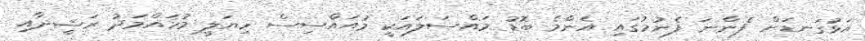
އަޅުގަނޑަށް ފެންނަ ފެނުމުގައި އެންމެ ބޮޑު މައްސަލައަކީ މުއައްސިސް ހިޔަލީ މުހައްމަދު ރަޝީދާއި